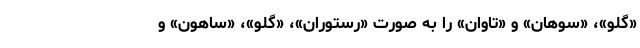
«گَلو»، «سوهان» و «تاوان» را به صورت «رَستوران»، «گِلو»، «ساهون» و